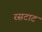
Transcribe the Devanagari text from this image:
रसटाट